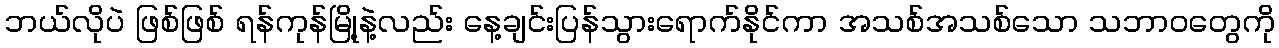
ဘယ်လိုပဲ ဖြစ်ဖြစ် ရန်ကုန်မြို့နဲ့လည်း နေ့ချင်းပြန်သွားရောက်နိုင်ကာ အသစ်အသစ်သော သဘာဝတွေကို